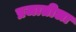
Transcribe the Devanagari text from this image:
प्रजातीला